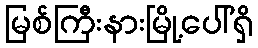
မြစ်ကြီးနားမြို့ပေါ်ရှိ